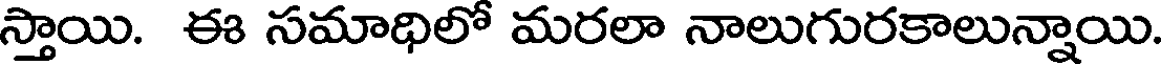
స్తాయి. ఈ సమాధిలో మరలా నాలుగురకాలున్నాయి.